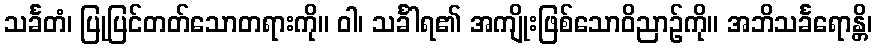
သင်္ခတံ၊ ပြုပြင်တတ်သောတရားကို။ ဝါ၊ သင်္ခါရ၏ အကျိုးဖြစ်သောဝိညာဉ်ကို။ အဘိသင်္ခရောန္တိ၊